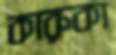
কারুকা